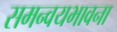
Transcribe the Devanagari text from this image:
समन्वयभावना